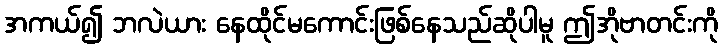
အကယ်၍ ဘလဲယား နေထိုင်မကောင်းဖြစ်နေသည်ဆိုပါမူ ဤအိုဗာတင်းကို